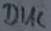
Text: DIAC